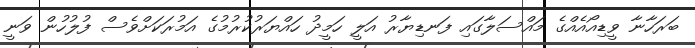
ބަރަހާނާ ވީޑިއޯއެއްގެ މައްސަލާގައި ފަނޑިޔާރު އަލީ ހަމީދު ހައްޔަރުކުރުމުގެ އަމުރަކަށްވެސް ފުލުހުން ވަނީ